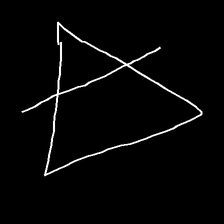
Glyph: empower